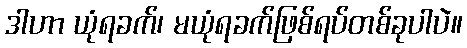
ဒါဟာ ယုံရခက်၊ မယုံရခက်ဖြစ်ရပ်တစ်ခုပါပဲ။